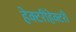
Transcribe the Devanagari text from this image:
हेक्टरीहेक्टरी